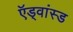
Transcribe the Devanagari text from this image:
ऍड्वांस्ड